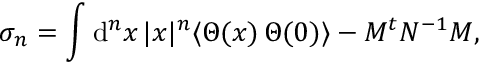
\sigma _ { n } = \int \mathrm { d } ^ { n } x \, | x | ^ { n } \langle \Theta ( x ) \, \Theta ( 0 ) \rangle - M ^ { t } N ^ { - 1 } M ,